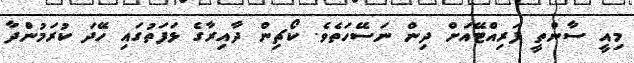
މިއީ ސާންތީ ފަރިއްޓޭއަށް ދިން ނަސޭހަތެވެ. ކޯޗިން ދާއިރާގެ ޅަފަތުގައި ހޭދަ ކުރަމުންދާ